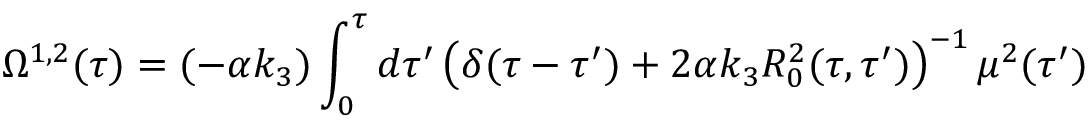
\Omega ^ { 1 , 2 } ( \tau ) = ( - \alpha k _ { 3 } ) \int _ { 0 } ^ { \tau } d \tau ^ { \prime } \left( \delta ( \tau - \tau ^ { \prime } ) + 2 \alpha k _ { 3 } R _ { 0 } ^ { 2 } ( \tau , \tau ^ { \prime } ) \right) ^ { - 1 } \mu ^ { 2 } ( \tau ^ { \prime } )